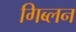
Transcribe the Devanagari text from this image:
गिब्लन